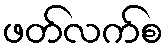
ဖတ်လက်စ